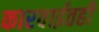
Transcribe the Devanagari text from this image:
कारवाईतही